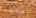
التعب